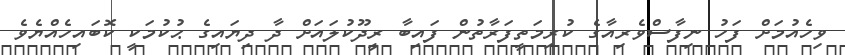
ވިހެއުމަށް ފަހު ނިފާސްވެރިއާގެ ކުރިމަތީފަރާތުން ފައިބާ ރީދޫކުލައަށް ދާ ދިޔައިގެ ޙުކުމަކީ ކޮބައިހެއްޔެވެ